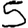
Digit: 5